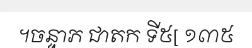
។ចន្ទាភ ជាតក ទី៥[ ១៣៥